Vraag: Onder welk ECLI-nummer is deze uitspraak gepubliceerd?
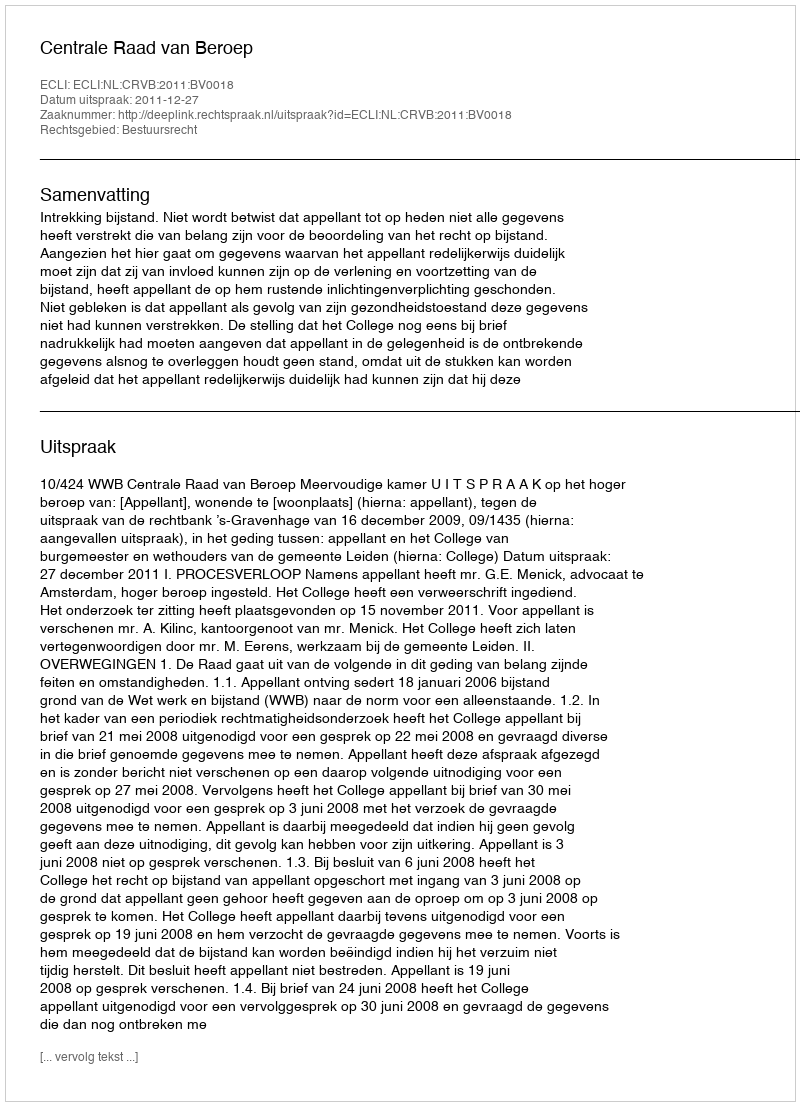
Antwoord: ECLI:NL:CRVB:2011:BV0018